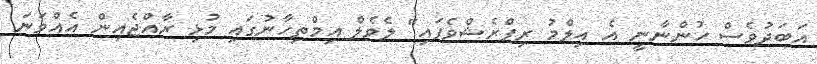
އަބަދުވެސް ހުންނާނީ އެ އިލްމު ރިފްރެޝްވެފައި" ލެވެލް އިމްތިހާނުގައި މުޅި ރާއްޖެއިން އެއްވަނަ